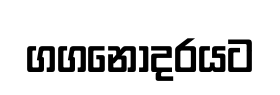
ගගනොදරයට